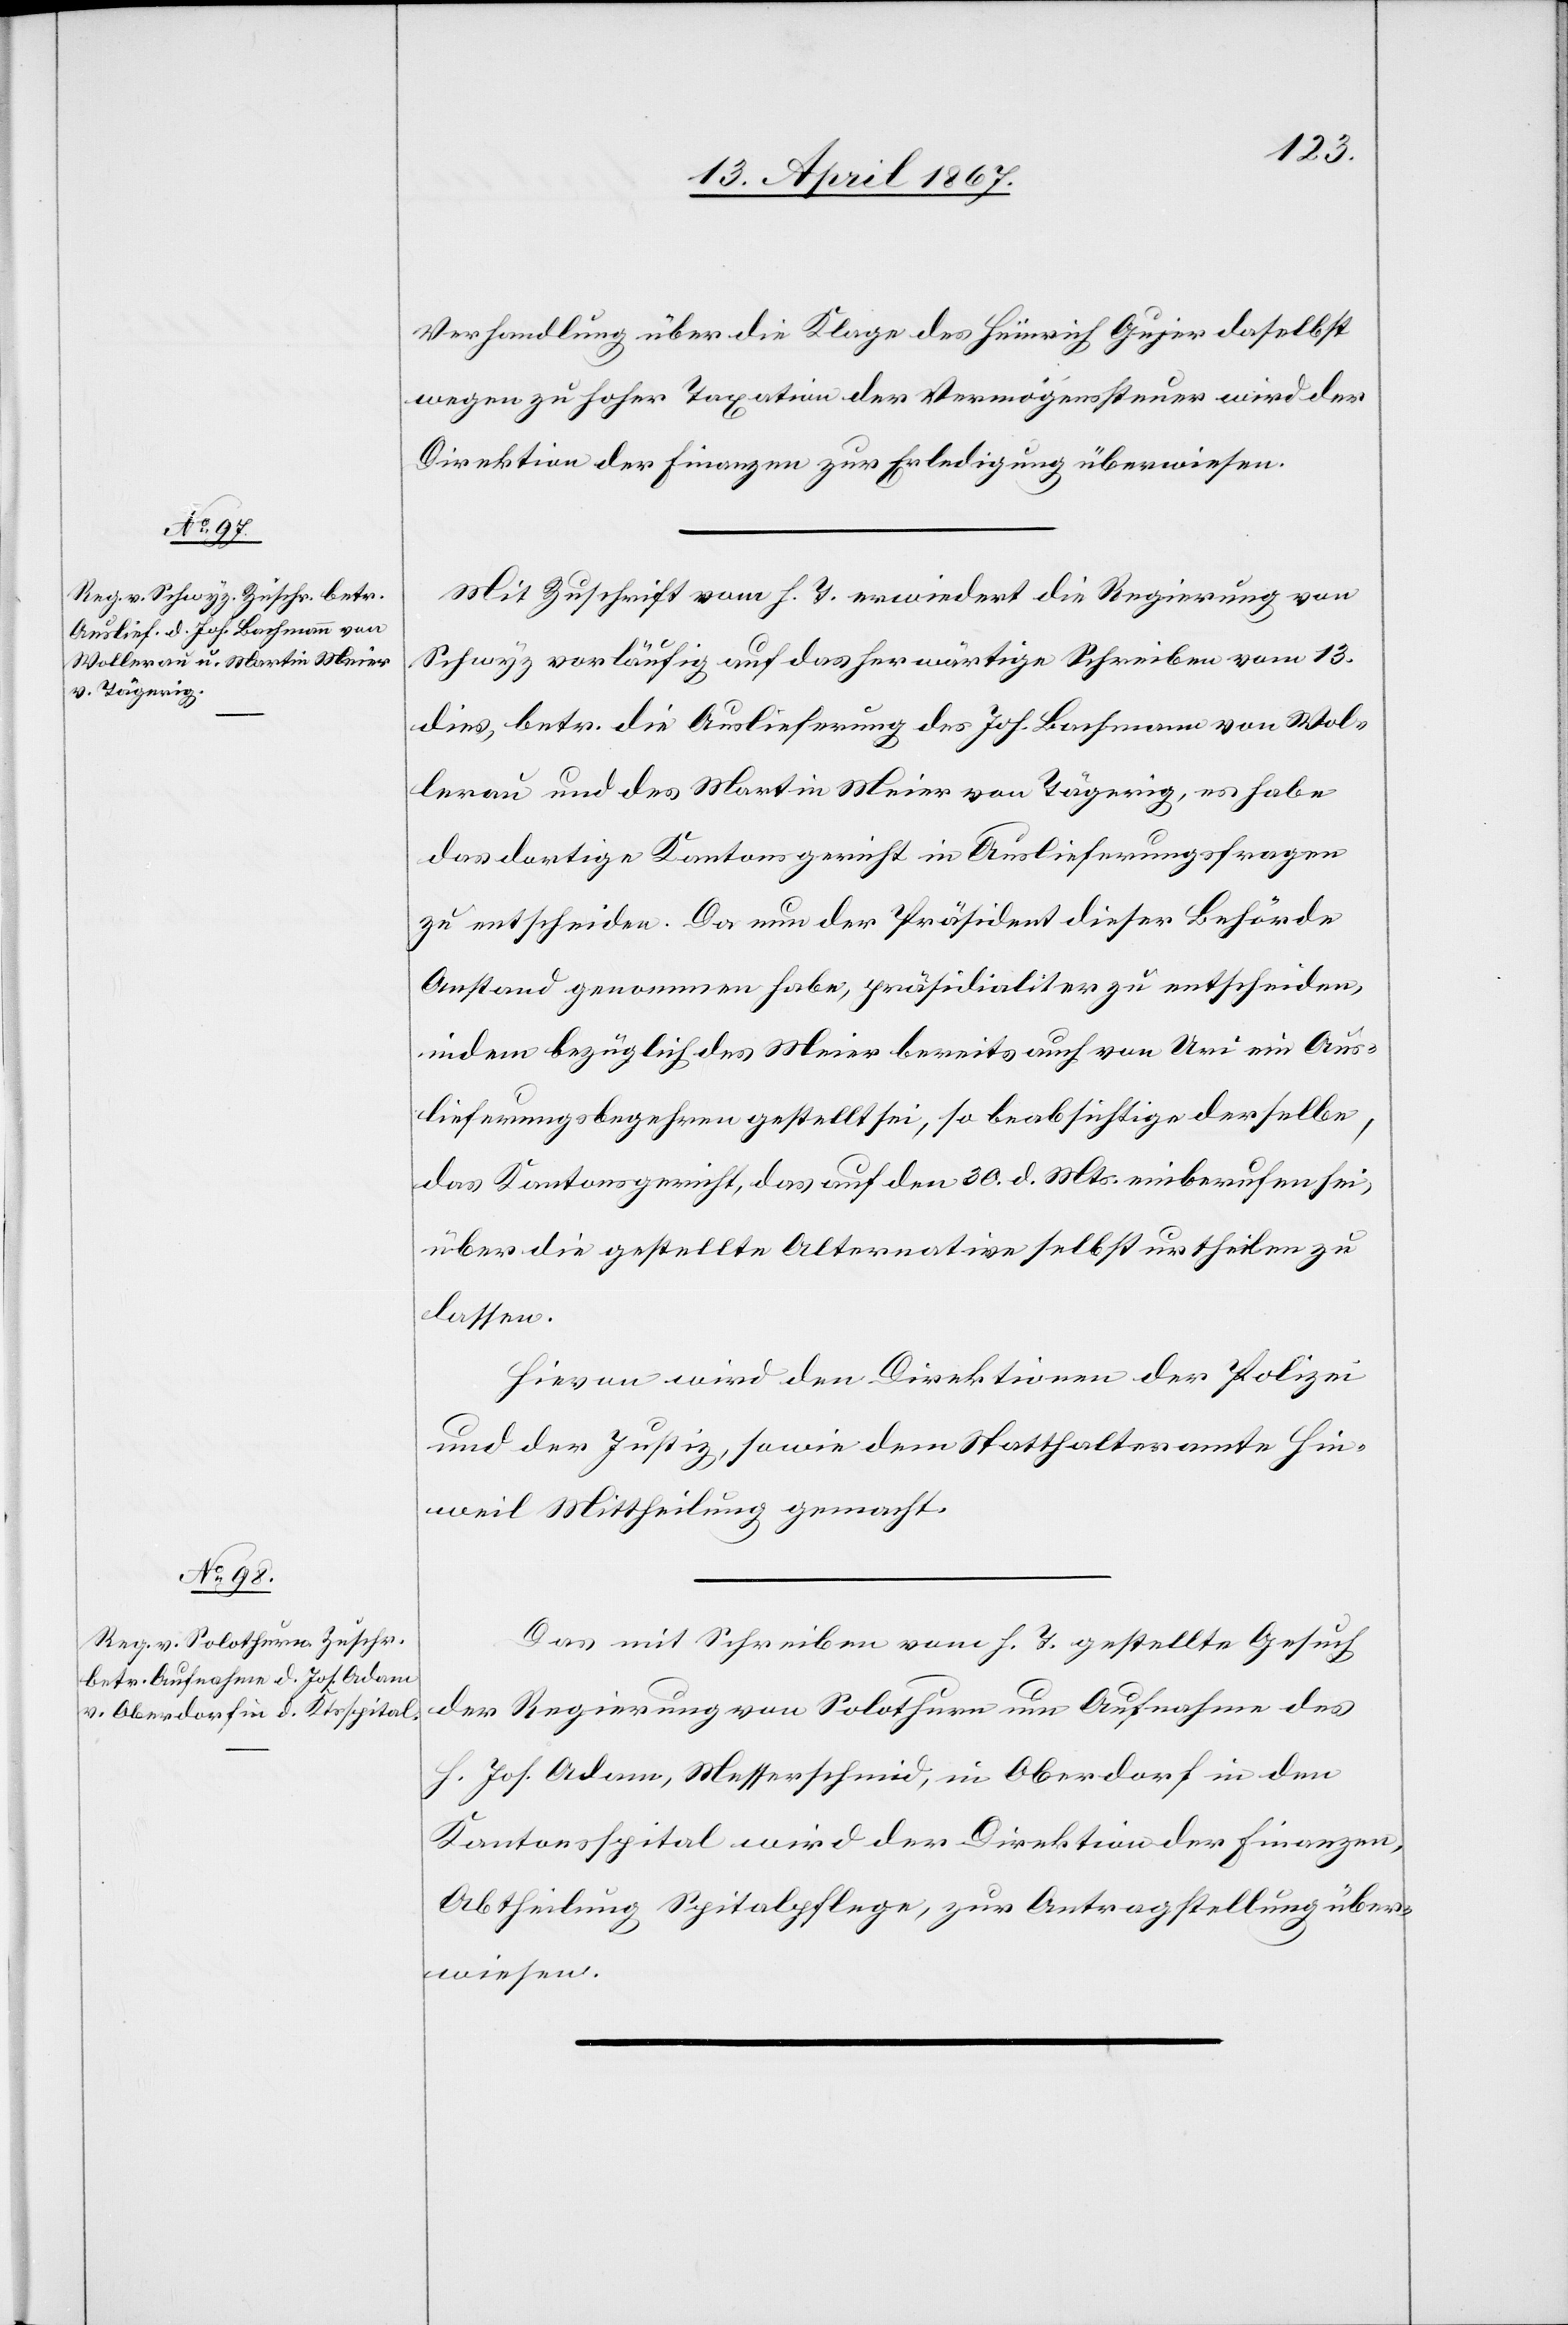
18. April 1867.]
Verhandlung über die Klage des Heinrich Gujer daselbst
wegen zu hoher Taxation der Vermögenssteuer wird der
Direktion der Finanzen zur Erledigung überwiesen.
Mit Zuschrift vom h. T. erwiedert die Regierung von
Schwyz vorläufig auf das herwärtige Schreiben vom 13.
dies, betr. die Auslieferung des Joh. Bachmann von Wol¬
lerau und des Martin Meier von Tägerig, es habe
das dortige Kantonsgericht in Auslieferungsfragen
zu entscheiden. Da nun der Präsident dieser Behörde
Anstand genommen habe, präsidialiter zu entscheiden,
indem bezüglich des Meier bereits auch von Uri ein Aus¬
lieferungsbegehren gestellt sei, so beabsichtige derselbe,
das Kantonsgericht, das auf den 30. d. Mts einberufen sei,
über die gestellte Alternative selbst urtheilen zu
lassen.
Hievon wird den Direktionen der Polizei
und der Justiz, sowie dem Statthalteramte Hin¬
weil Mittheilung gemacht.
Das mit Schreiben vom h. T. gestellte Gesuch
der Regierung von Solothurn um Aufnahme des
H. Joh. Adam, Messerschmid, in Oberdorf in den
Kantonsspital wird der Direktion der Finanzen,
Abtheilung Spitalpflege, zur Antragstellung über¬
wiesen.